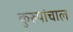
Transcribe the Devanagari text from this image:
कुरुपांचाल